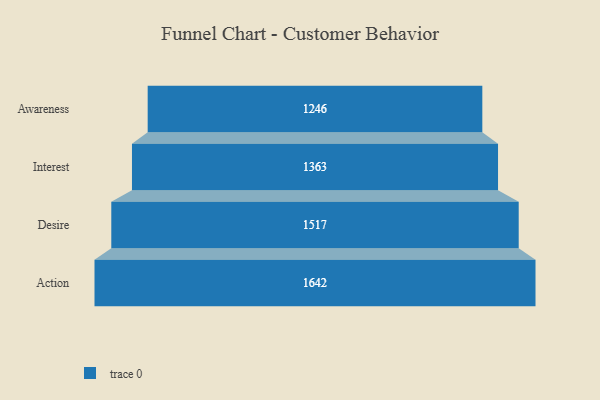
{"axis": {"x": "Stage", "y": "Value"}, "legend": [""], "data": [{"x": "Awareness", "y": 1246.0, "type": ""}, {"x": "Interest", "y": 1363.0, "type": ""}, {"x": "Desire", "y": 1517.0, "type": ""}, {"x": "Action", "y": 1642.0, "type": ""}]}